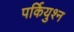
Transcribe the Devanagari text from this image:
पर्कियुश्न